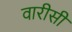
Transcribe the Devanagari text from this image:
वारीसी